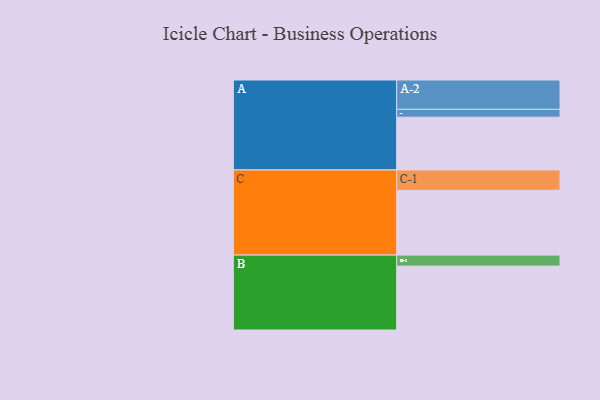
{"axis": {"x": "Segment", "y": "Value"}, "legend": ["", "A", "B", "C"], "data": [{"x": "A", "y": 484, "type": ""}, {"x": "B", "y": 586, "type": ""}, {"x": "C", "y": 594, "type": ""}, {"x": "A-1", "y": 72, "type": "A"}, {"x": "A-2", "y": 269, "type": "A"}, {"x": "B-1", "y": 101, "type": "B"}, {"x": "C-1", "y": 187, "type": "C"}]}